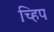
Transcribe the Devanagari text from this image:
च्हिप